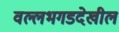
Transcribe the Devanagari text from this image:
वल्लभगडदेखील